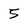
Character: 5